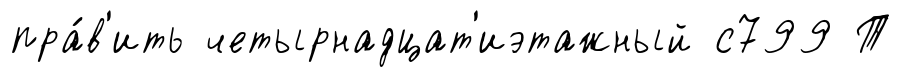
пра́в'ить четырнадцат'иэтажный с799 Т